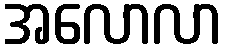
အလောလာ